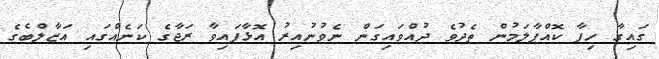
ގައިގާ ހިފާ ކޮއްޕާލަމުން ތެދުވެ ދުއްވައިގަން ނެވުނުއިރު އޮޅާފައިވާ ރަޖާގެ ކަނެއްގައި އަޒާލްބެގެ